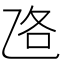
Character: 𱎅